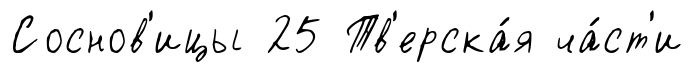
Соснов'ицы 25 Тв'ерска́я ча́ст'и